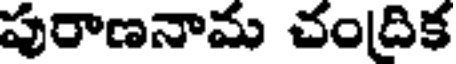
పురాణనామ చందిక